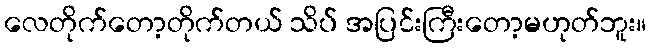
လေတိုက်တော့တိုက်တယ် သိပ် အပြင်းကြီးတော့မဟုတ်ဘူး။